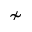
\nsim